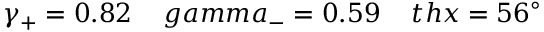
\gamma _ { + } = 0 . 8 2 \ \ \ \, g a m m a _ { - } = 0 . 5 9 \ \ \ \, t h x = 5 6 ^ { \circ }